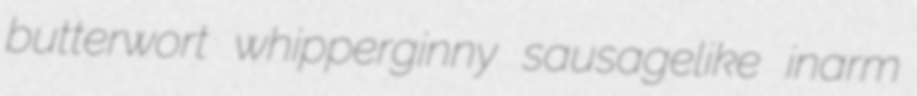
butterwort whipperginny sausagelike inarm